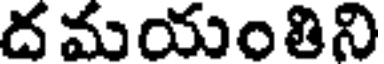
ద మయంతిని